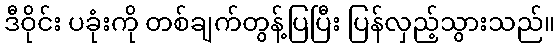
ဒီဝိုင်း ပခုံးကို တစ်ချက်တွန့်ပြပြီး ပြန်လှည့်သွားသည်။